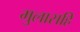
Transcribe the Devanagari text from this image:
मुलासहि